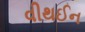
વીથઈન